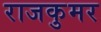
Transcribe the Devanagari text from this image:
राजकुमर